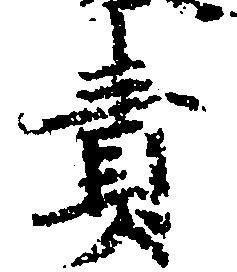
責